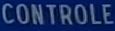
CONTROLE